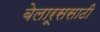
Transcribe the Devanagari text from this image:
बेलारूससाठी